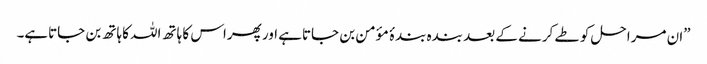
”ان مراحل کو طے کرنے کے بعد بندہ بندۂ مؤمن بن جاتاہے اور پھراس کا ہاتھ اللہ کاہاتھ بن جاتاہے۔